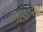
ભાષાએ